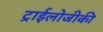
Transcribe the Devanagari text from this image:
ट्राईलोजीकी